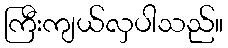
ကြီးကျယ်လှပါသည်။